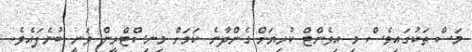
މަސް ތަކުގައިވެސް މި އިވެންޓް ކުރިޔަށް ގެންދާނެ ކަމަށް މިނިސްޓްރީން ވަނީ ބުނެފައެވެ.